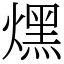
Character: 㷵